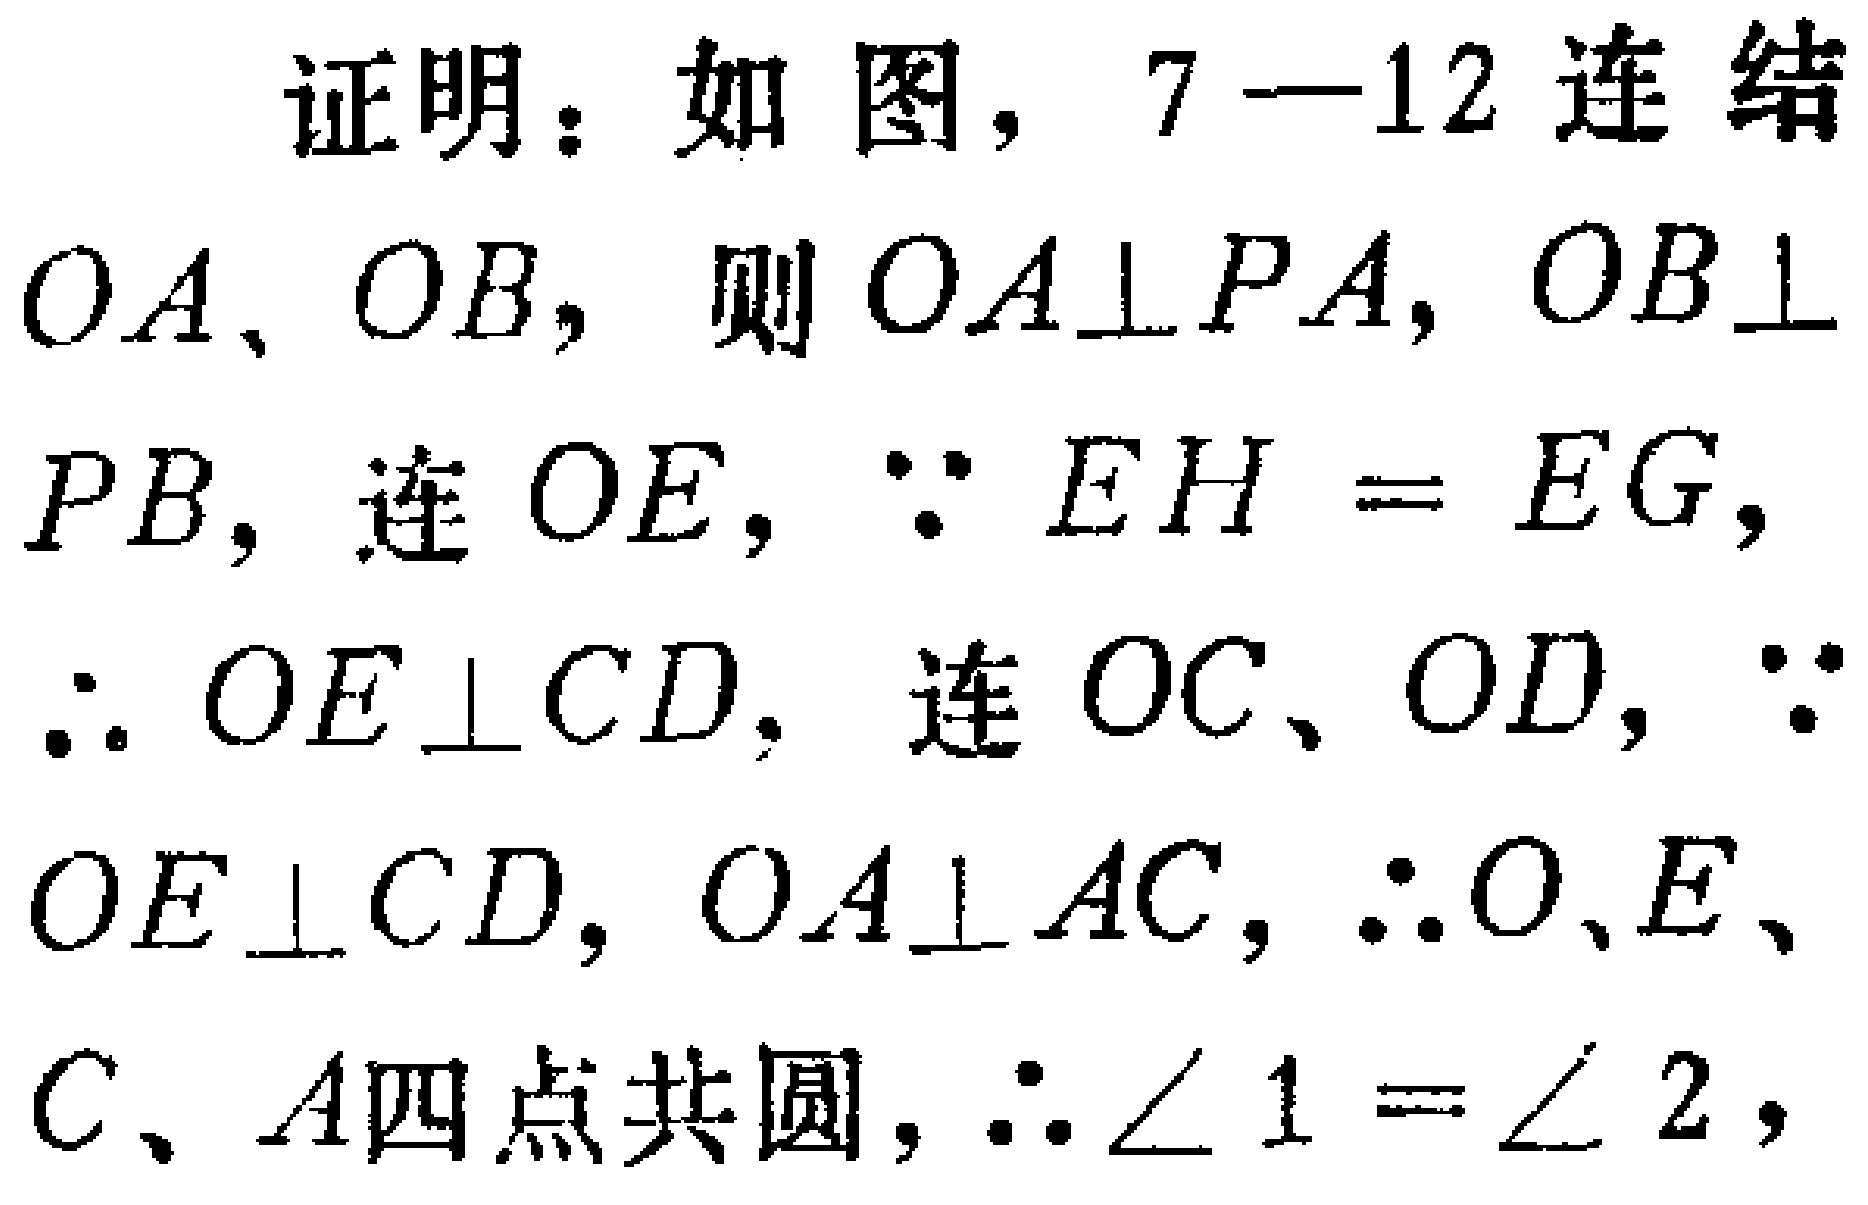
23. 解法 1 原式\(=[(1 + x^{2})^{2}-(x + x^{3})^{2}]^{5}=[(1 + x^{2})^{2}(1 - x^{2})]^{5}\)，其展开式将只出现 \(x\) 的偶次幂，即奇次幂系数均为零，更有 \(a_{15}=0\)